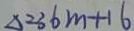
\Delta = 3 6 m + 1 6